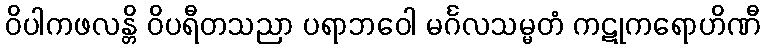
ဝိပါကဖလန္တိ ဝိပရီတသညာ ပရာဘဝေါ မင်္ဂလသမ္မတံ ကဋုကရောဟိဏီ